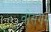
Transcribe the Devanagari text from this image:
वोसगेस